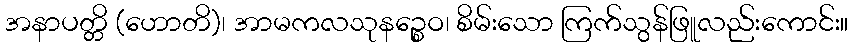
အနာပတ္တိ (ဟောတိ)၊ အာမကလသုနဉ္စေဝ၊ စိမ်းသော ကြက်သွန်ဖြူလည်းကောင်း။